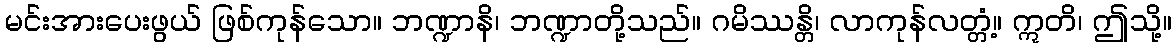
မင်းအားပေးဖွယ် ဖြစ်ကုန်သော။ ဘဏ္ဍာနိ၊ ဘဏ္ဍာတို့သည်။ ဂမိဿန္တိ၊ လာကုန်လတ္တံ့။ ဣတိ၊ ဤသို့။